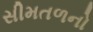
સીમતળનો